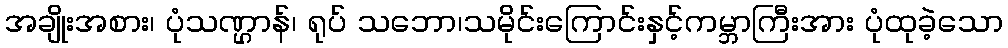
အချိုးအစား၊ ပုံသဏ္ဌာန်၊ ရုပ် သဘော၊သမိုင်းကြောင်းနှင့်ကမ္ဘာကြီးအား ပုံထုခဲ့သော